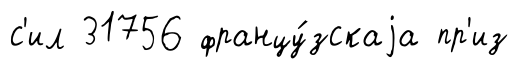
с'ил 31756 францу́зскаjа пр'из